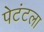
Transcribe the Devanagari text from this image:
पेटंटला